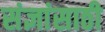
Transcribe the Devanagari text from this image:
संज्ञांसाठी